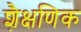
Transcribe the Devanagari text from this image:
शै़क्षणिक